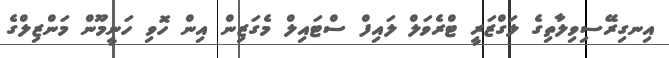
އިނގިރޭސިވިލާތިގެ ލަގްޒަރީ ޓްރެވަލް ލައިފް ސްޓައިލް މެގަޒިން އިން ހޮވި ހަނީމޫން މަންޒިލްގެ